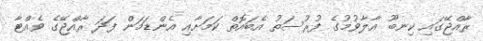
ރާއްޖޭގައި ކިނބޫ އާލާވުމުގެ ފުރުސަތު އެބައޮތް ކަމަށާއި އެންޑަމަން ފަދަ ރާއްޖޭގެ ވެއްޓާ